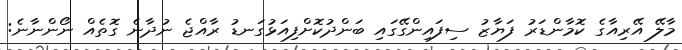
މާލޭ އޭރިއާގެ ކޮމާންޑަރު ފަޔާޒު ސިފައިންގޭގައި ބަންދުކޮށްފިއަޅުގަނޑު ރާއްޖެ ނުދާނެ ގޮތެއް ނޯންނާނެ: